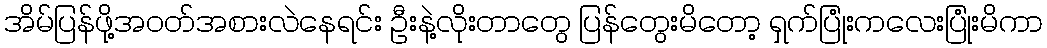
အိမ်ပြန်ဖို့အဝတ်အစားလဲနေရင်း ဦးနဲ့လိုးတာတွေ ပြန်တွေးမိတော့ ရှက်ပြုံးကလေးပြုံးမိကာ